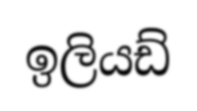
ඉලියඩ්